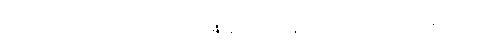
ကိုအောင်ရဲပြည့်က အံဩမိသည် 4720 ကူးသန်းရောင်းဝယ်သည့် ဆန့်ကျင့်ရေး